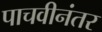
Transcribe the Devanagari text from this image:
पाचवीनंतर